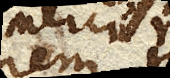
Mercurii